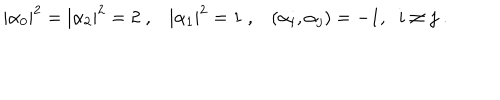
LaTeX: | \alpha _ { 0 } | ^ { 2 } = | \alpha _ { 2 } | ^ { 2 } = 2 \; , | \alpha _ { 1 } | ^ { 2 } = 1 \; , ( \alpha _ { i } , \alpha _ { j } ) = - 1 , \; \; i \neq j \; .